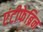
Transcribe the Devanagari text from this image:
एंटीफेब्रिन